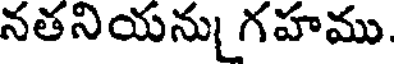
నతనియను గహము.